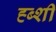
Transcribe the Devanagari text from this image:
ह्ब्शी